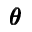
\pmb \theta